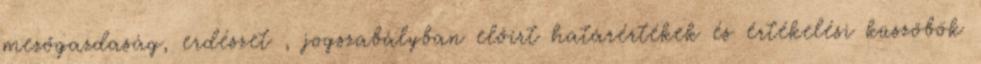
mezőgazdaság, erdészet , jogszabályban előírt határértékek és értékelési küszöbök